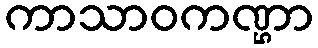
ကာသာဝကဏ္ဌာ